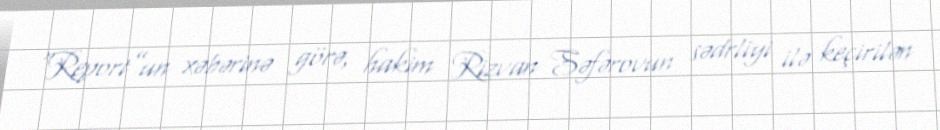
“Report”un xəbərinə görə, hakim Rizvan Səfərovun sədrliyi ilə keçirilən